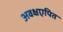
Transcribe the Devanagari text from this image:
अवक्षएपित